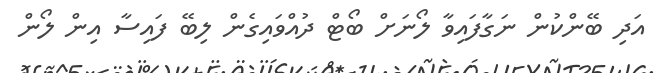
އަދި ބޭންކުން ނަގާފައިވާ ލޯނަށް ބޯޓް ދުއްވައިގެން ލިބޭ ފައިސާ އިން ލޯން